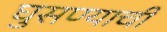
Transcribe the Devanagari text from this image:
घुसण्याची